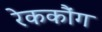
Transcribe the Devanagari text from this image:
रेककौंग